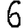
Digit: 6